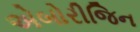
એબોરીજિન